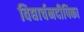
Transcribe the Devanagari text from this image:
विद्यार्चनदीपिका